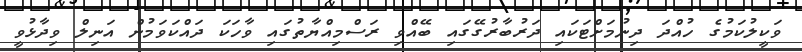
ވަކީލުކަމުގެ ހުއްދަ ދިނުމަށްޓަކައި ދަރުބާރުގޭގައި ބޭއްވި ރަސްމިއްޔާތުގައި ވާހަކަ ދައްކަވަމުން އަނިލް ވިދާޅުވީ